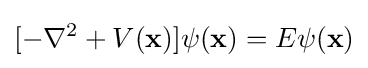
[-\nabla ^{2}+V(\mathbf {x} )]\psi (\mathbf {x} )=E\psi (\mathbf {x} )